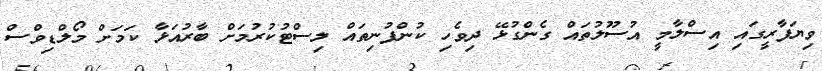
ވިޔަފާރީގައި އިސްލާމީ އުސޫލުތައް ގެންގުޅޭ ދިވެހި ކުންފުނިތައް ލިސްޓުކުރުމަށް ބާރުއަޅާ ކަމަށް މޯލްޑިވްސް